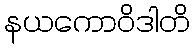
နယကောဝိဒါတိ